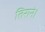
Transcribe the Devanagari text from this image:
तिराने।